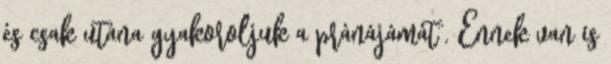
és csak utána gyakoroljuk a pránájámát”. Ennek van is